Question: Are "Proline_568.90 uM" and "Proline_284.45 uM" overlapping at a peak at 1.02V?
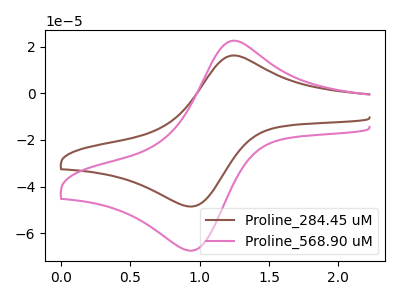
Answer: <think>The brown curve "Proline_284.45 uM" has an anodic peak at (1.25V, 16.25uA) and a cathodic peak at (0.95V, -48.35uA). The pink curve "Proline_568.90 uM" has an anodic peak at (1.25V, 22.55uA) and a cathodic peak at (0.95V, -67.25uA).</think>
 <answer>No, "Proline_568.90 uM" and "Proline_284.45 uM" dont share a peak at 1.02V.</answer>
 <eval>mismatch</eval>